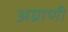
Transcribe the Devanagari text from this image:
अग्राणी